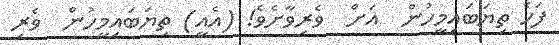
ފަހެ ތިޔަބައިމީހުން  އަށް  ވެރިވާށެވެ! (އެއީ) ތިޔަބައިމީހުން  ވެރި